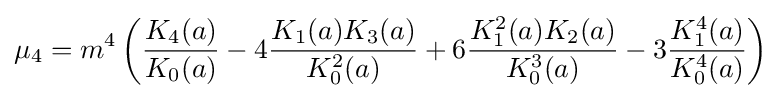
\mu _{4}=m^{4}\left({\frac {K_{4}(a)}{K_{0}(a)}}-4{\frac {K_{1}(a)K_{3}(a)}{K_{0}^{2}(a)}}+6{\frac {K_{1}^{2}(a)K_{2}(a)}{K_{0}^{3}(a)}}-3{\frac {K_{1}^{4}(a)}{K_{0}^{4}(a)}}\right)